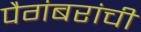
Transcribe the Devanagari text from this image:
पैगंबरांची